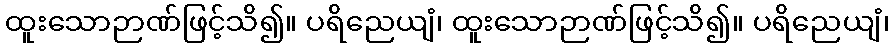
ထူးသောဉာဏ်ဖြင့်သိ၍။ ပရိညေယျံ၊ ထူးသောဉာဏ်ဖြင့်သိ၍။ ပရိညေယျံ၊